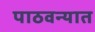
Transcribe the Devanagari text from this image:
पाठवन्यात